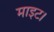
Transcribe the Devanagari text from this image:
माइट।